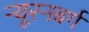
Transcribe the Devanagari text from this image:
न्यूरनबर्ग